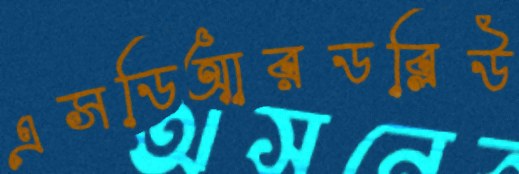
এসডিআরডব্লিউ